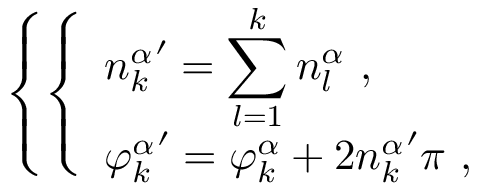
\left\{ \left\{ \begin{array} { l l } { { \displaystyle { n _ { k } ^ { \alpha } } ^ { \prime } = \sum _ { l = 1 } ^ { k } n _ { l } ^ { \alpha } \ , } } \\ { { \displaystyle { \varphi _ { k } ^ { \alpha } } ^ { \prime } = \varphi _ { k } ^ { \alpha } + 2 { n _ { k } ^ { \alpha } } ^ { \prime } \pi \ , } } \end{array} \right. \right.